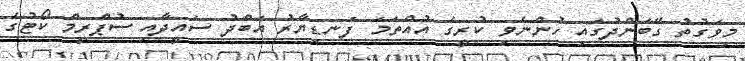
މިވަގުތު ގޭބަންދުގައި ހުންނެވި ކުރީގެ އުއްތަމަ ފަނޑިޔާރު އަބްދު ސައީދާއި ސުޕްރީމް ކޯޓުގެ